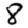
Digit: 8